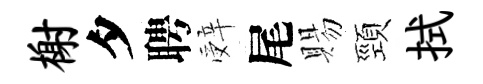
榭夕聘辤尾賜頸拭